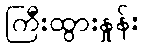
ကြီးထွားနှုန်း